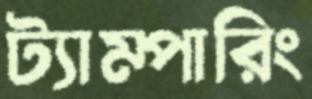
ট্যাম্পারিং